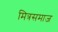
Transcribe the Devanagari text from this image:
मित्रसमाज